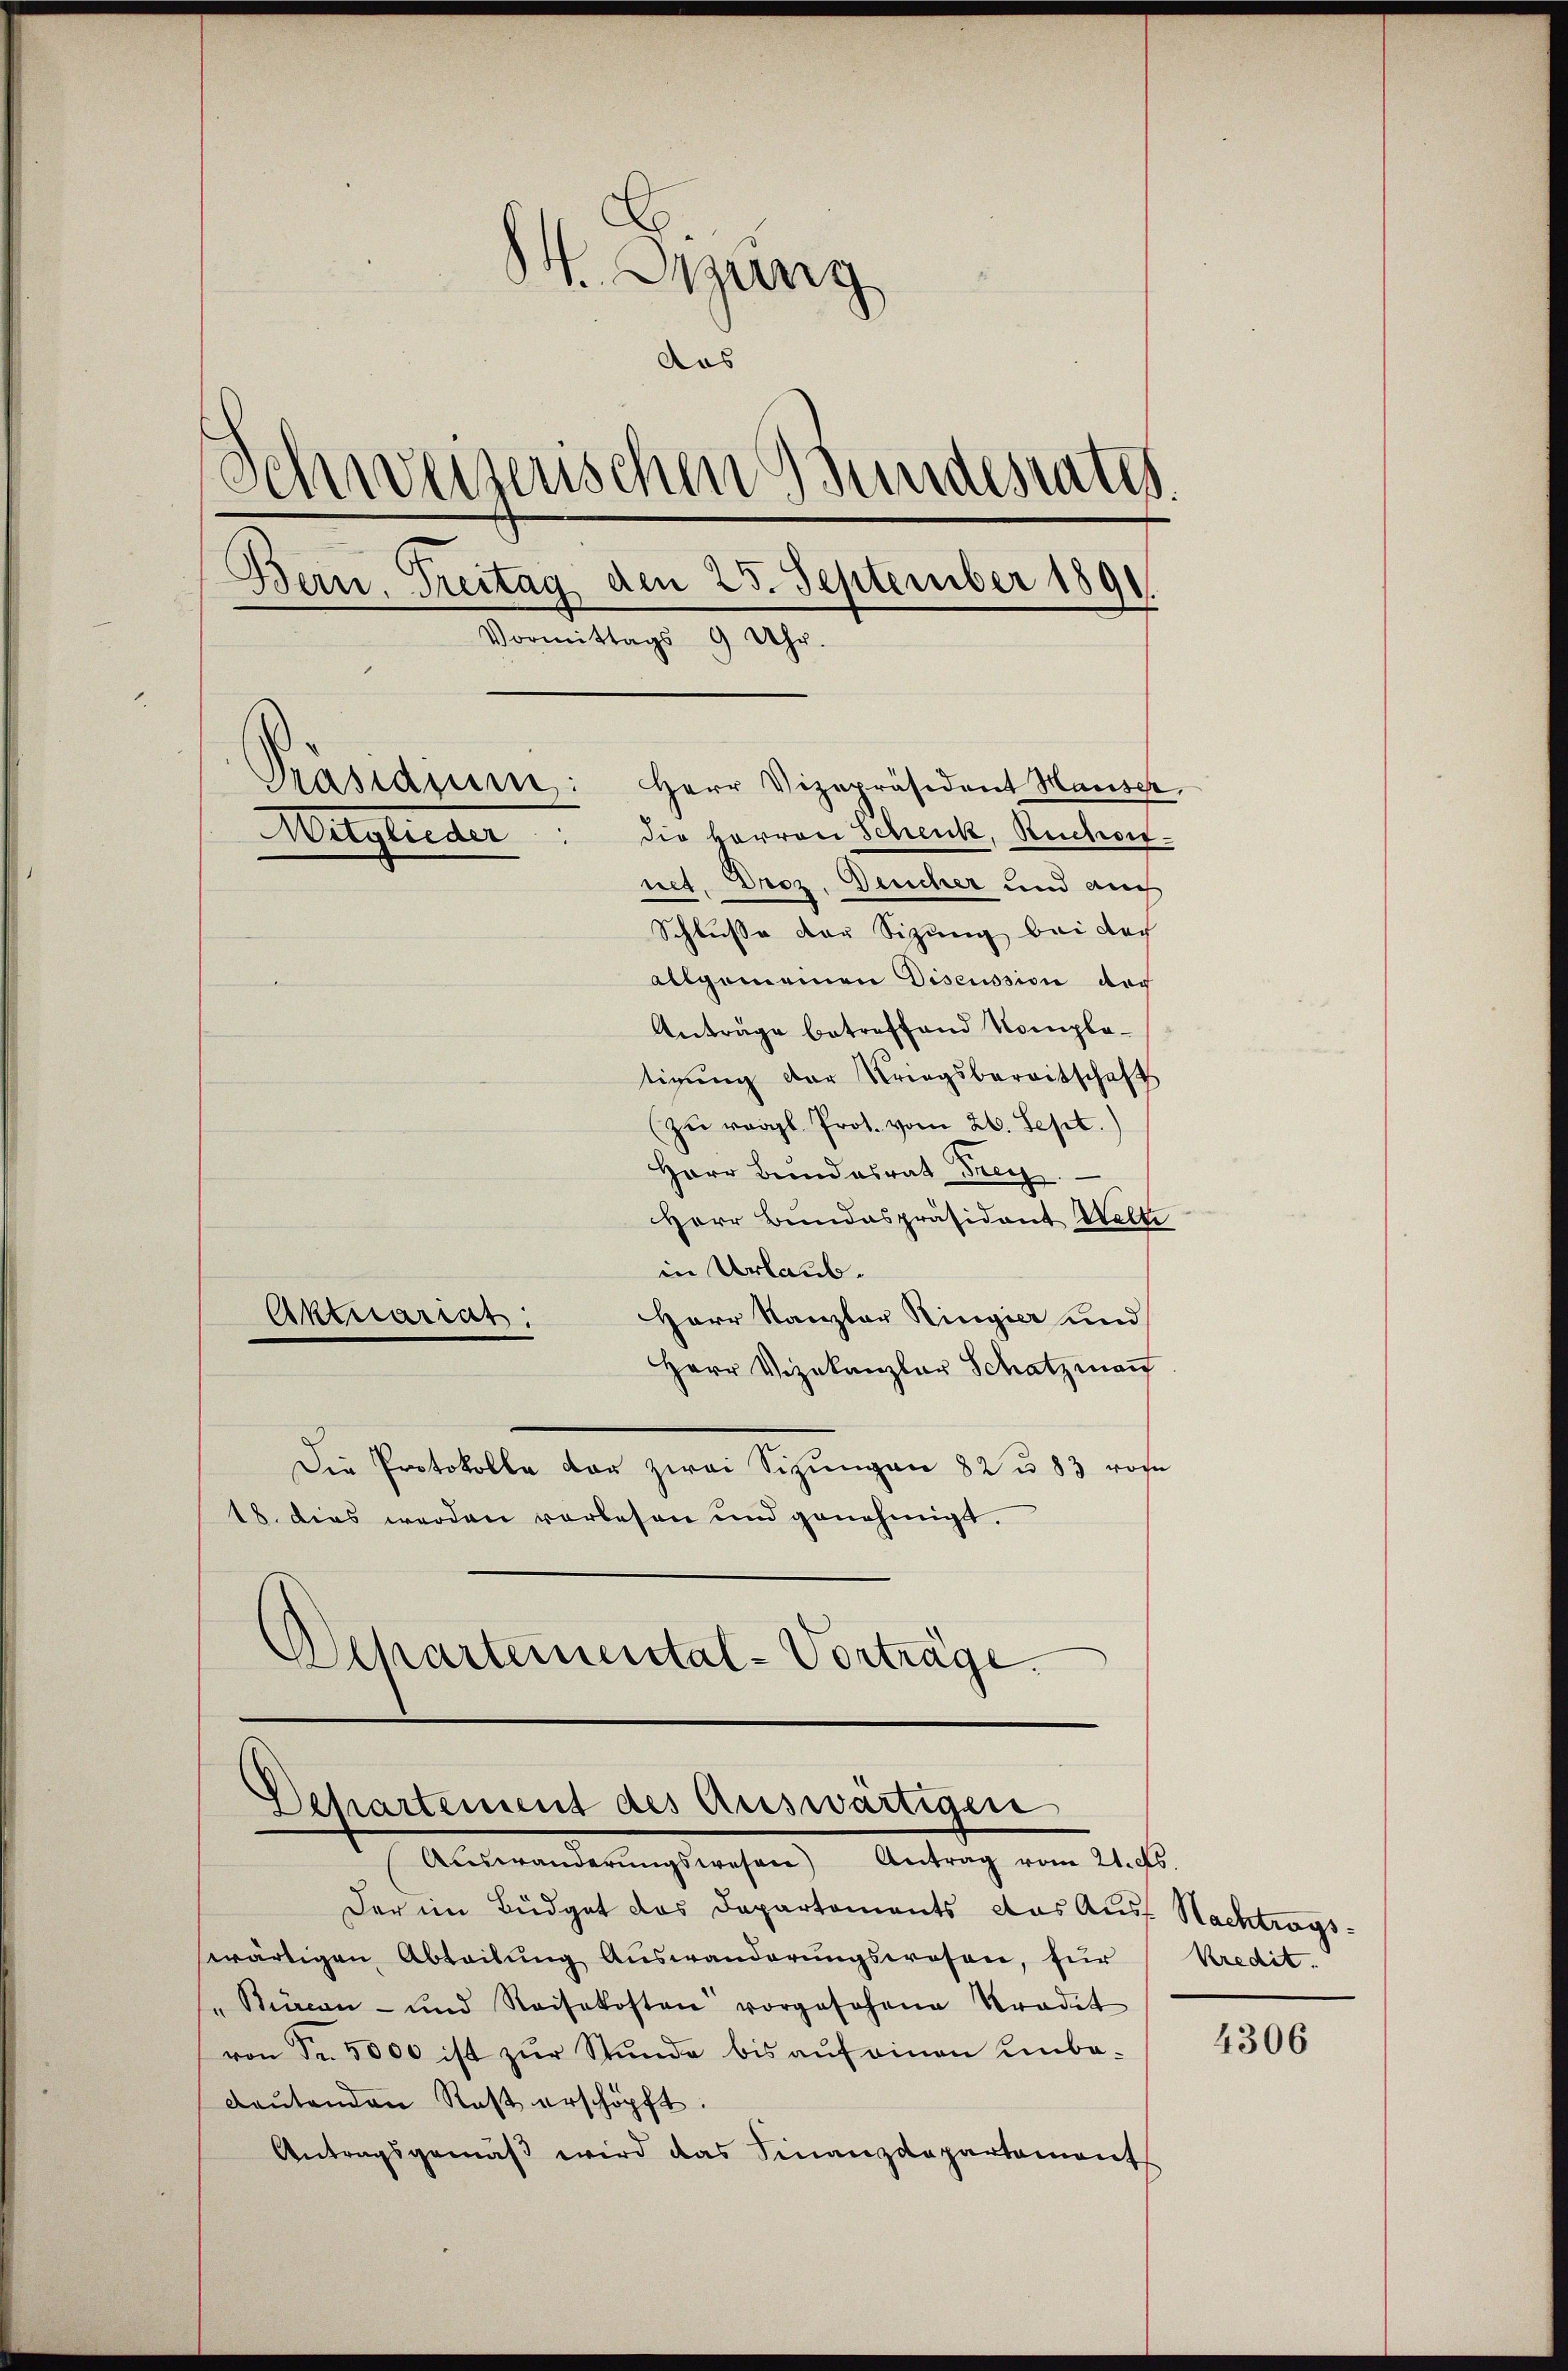
¬
64. Injung
das
Schweizerischen Bundesrates.
Bern. Treitag den 25. September 1891
Vormittags 9 Uhr.
Passauern: Herr Vizepräsident Hauser,
die Herren Schenk, Ruchen¬
Mitglieder
net. Droz. Deucher und auch
Schlusse der Sitzung bei doch
allgemeinen Discussion der
Anträge betreffend Kompletigung der Kriegsbereitschaft
(zŭ vergl. Prot. vom 26. Sept.

Herr Bundesrat Frey
Herr Bundespräsident Welti
in Urlaub¬
Herr Kanzler Ringier und
Aktuariat:
Herr Vizekanzlar Schatzman
Die Protokolle der zwei Sizungen 82 u. 83 vom
18. dies werden vorlesen und genehmigt.
Departemental-Vorträge.

Departement des Auswärtigen
Auswanderŭngswesen) Antrag vom 21. ds.

Der im Büdget das Departements das Aus Nachtrags-
wärtigen Abteilung Auswanderungswesen, für
"Bürcan- und Reisekosten vorgesehene Tradit
von Fr. 5000 ist zŭr Stunde bis aŭf einen Einba-
deŭtenden Rest erschöpft.
Antragsgemäβ wird das Finanzdepartament

Kredit.

4306